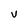
Character: v